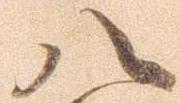
八